Lunatic asylums Central Provinces reports 1895-1909 - 1895-1909
Year: 1895
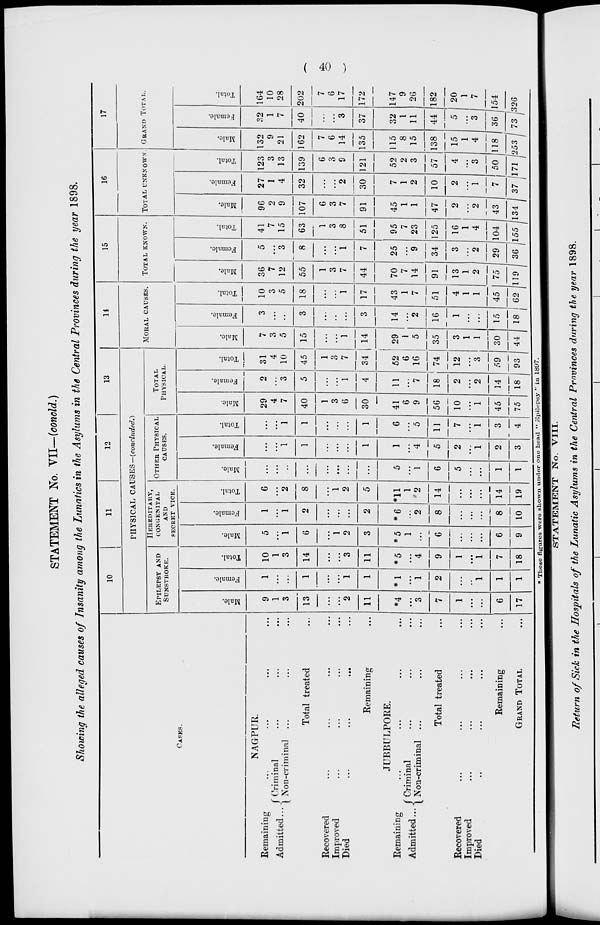
( 40 )
STATEMENT No. VII—(concld.)
Showing the alleged causes of Insanity among the Lunatics in the Asylums in the Central Provinces during the year 1898.
CASES.
NAGPUR.
Remaining
...
...
...
...
Admitted ... Criminal ... ... ...
Non-criminal ... ... ...
Total treated ...
Recovered
...
...
...
...
Improved ... ... ... ...
Died
...
...
...
...
Remaining ...
JUBBULPORE.
Remaining
...
...
...
...
Admitted ... Criminal
...
...
...
Non-criminal ... ... ...
Total treated ...
Recovered ... ... ... ...
Improved ... ... ... ...
Died
...
...
...
...
Remaining ...
GRAND TOTAL ...
10
11
12
13
PHYSICAL
CAUSES-(concluded.)
EPILEPSY AND
SUNSTROKE.
Male.
9
1
3
13
...
...
2
11
*4
...
3
7
1
...
...
6
17
Female.
1
...
...
1
...
...
1
1
*1
...
1
2
...
...
1
1
1
Total.
10
1
3
14
...
...
3
11
*5
...
4
9
1
...
1
7
18
HEREDITARY,
CONGENITAL
AND
SECRET VICE.
Male.
5
...
1
6
...
1
2
3
*5
1
...
6
...
...
...
6
9
Female.
1
...
1
2
...
...
...
2
*6
...
2
8
...
...
...
8
10
Total.
6
...
2
8
...
1
2
5
*11
1
2
14
...
...
...
14
19
OTHER PHYSICAL
CAUSES.
Male.
...
...
...
...
...
...
...
...
5
...
1
6
5
...
...
1
1
Female.
...
...
1
1
...
...
...
1
1
...
4
5
2
...
1
2
3
Total.
...
...
1
1
...
...
...
1
6
...
5
11
7
...
1
3
4
TOTAL
PHYSICAL.
Male.
29
4
7
40
1
3
6
30
41
6
9
56
10
...
1
45
75
Female.
2
...
3
5
...
...
1
4
11
...
7
18
2
...
2
14
18
Total.
31
4
10
45
1
3
7
34
52
6
16
74
12
...
3
59
93
14
MORAL CAUSES.
Male.
7
3
5
15
...
...
1
14
29
1
5
35
3
1
1
30
44
Female.
3
...
...
3
...
...
...
3
14
...
2
16
1
...
...
15
18
Total.
10
3
5
18
...
...
1
17
43
1
7
51
4
1
1
45
62
15
TOTAL KNOWN.
Male.
36
7
12
55
1
3
7
44
70
7
14
91
13
1
2
75
119
Female.
5
...
3
8
...
...
1
7
25
...
9
34
3
...
2
29
36
Total.
41
7
15
63
1
3
8
51
95
7
23
125
16
1
4
104
155
16
TOTAL UNKNOWN
Male.
96
2
9
107
6
3
7
91
45
1
1
47
2
...
2
43
134
Female.
27
1
4
32
...
...
2
30
7
1
2
10
2
...
1
7
37
Total.
123
3
13
139
6
3
9
121
52
2
3
57
4
...
3
50
171
17
GRAND TOTAL
Male.
132
9
21
162
7
6
14
135
115
8
15
138
15
1
4
118
253
Female.
32
1
7
40
...
...
3
37
32
1
11
44
5
...
3
36
73
Total.
164
10
28
202
7
6
17
172
147
9
26
182
20
1
7
154
326
* These figures were shown under one head "Epilepsy " in 1897.